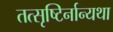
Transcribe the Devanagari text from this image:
तत्सृष्टिर्नान्यथा